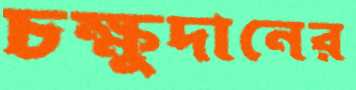
চক্ষুদানের